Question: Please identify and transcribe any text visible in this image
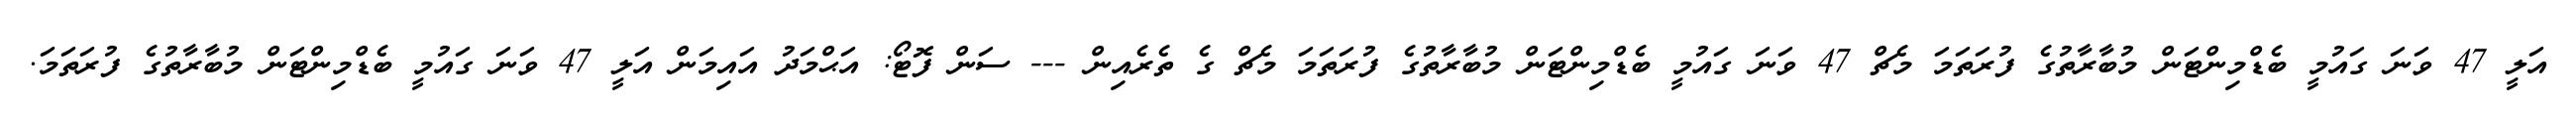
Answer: އަލީ 47 ވަނަ ގައުމީ ބެޑްމިންޓަން މުބާރާތުގެ ފުރަތަމަ މެޗް 47 ވަނަ ގައުމީ ބެޑްމިންޓަން މުބާރާތުގެ ފުރަތަމަ މެޗް ގެ ތެރެއިން --- ސަން ފޮޓޯ: އަޙްމަދު އައިމަން އަލީ 47 ވަނަ ގައުމީ ބެޑްމިންޓަން މުބާރާތުގެ ފުރަތަމަ.